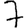
Digit: 7